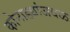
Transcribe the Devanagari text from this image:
कोनाड्यांजवळ